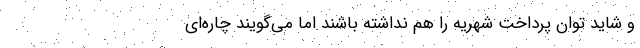
و شاید توان پرداخت شهریه را هم نداشته باشند اما می‌گویند چاره‌ای